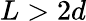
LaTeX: L>2d